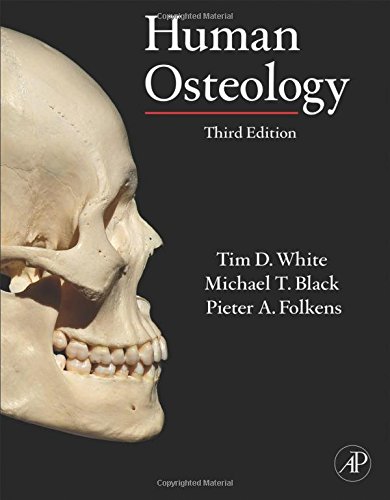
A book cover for Human Osteology, Third Edition; Tim D. White; Science & Math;